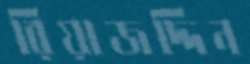
রিয়াজদ্দিন